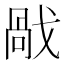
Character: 𢧘